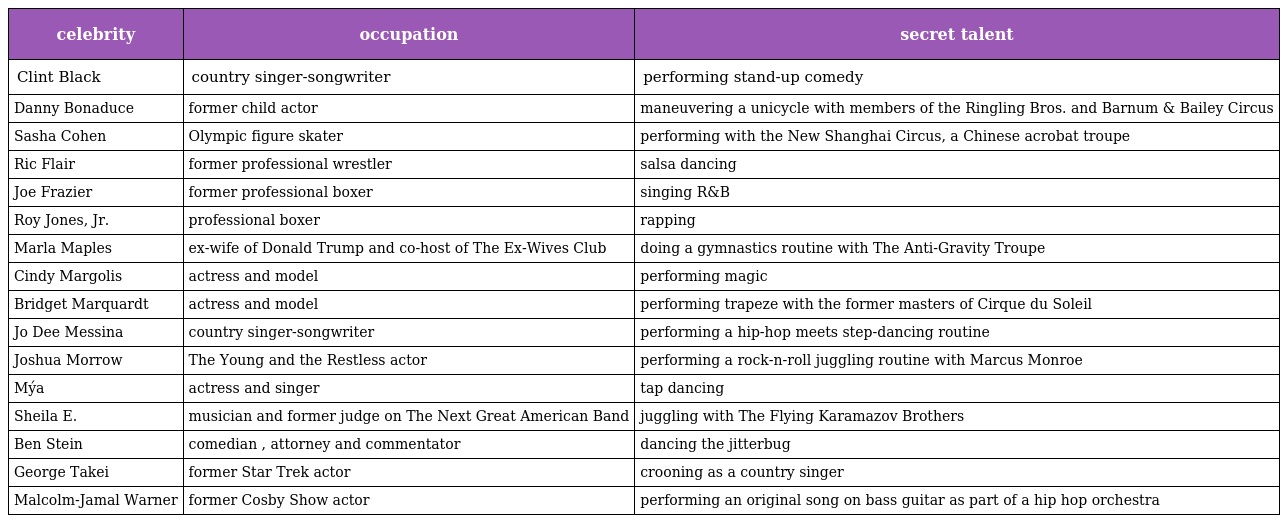
| celebrity | occupation | secret talent |
 | --- | --- | --- |
 | Clint Black | country singer-songwriter | performing stand-up comedy |
 | Danny Bonaduce | former child actor | maneuvering a unicycle with members of the Ringling Bros. and Barnum & Bailey Circus |
 | Sasha Cohen | Olympic figure skater | performing with the New Shanghai Circus, a Chinese acrobat troupe |
 | Ric Flair | former professional wrestler | salsa dancing |
 | Joe Frazier | former professional boxer | singing R&B |
 | Roy Jones, Jr. | professional boxer | rapping |
 | Marla Maples | ex-wife of Donald Trump and co-host of The Ex-Wives Club | doing a gymnastics routine with The Anti-Gravity Troupe |
 | Cindy Margolis | actress and model | performing magic |
 | Bridget Marquardt | actress and model | performing trapeze with the former masters of Cirque du Soleil |
 | Jo Dee Messina | country singer-songwriter | performing a hip-hop meets step-dancing routine |
 | Joshua Morrow | The Young and the Restless actor | performing a rock-n-roll juggling routine with Marcus Monroe |
 | Mýa | actress and singer | tap dancing |
 | Sheila E. | musician and former judge on The Next Great American Band | juggling with The Flying Karamazov Brothers |
 | Ben Stein | comedian , attorney and commentator | dancing the jitterbug |
 | George Takei | former Star Trek actor | crooning as a country singer |
 | Malcolm-Jamal Warner | former Cosby Show actor | performing an original song on bass guitar as part of a hip hop orchestra |